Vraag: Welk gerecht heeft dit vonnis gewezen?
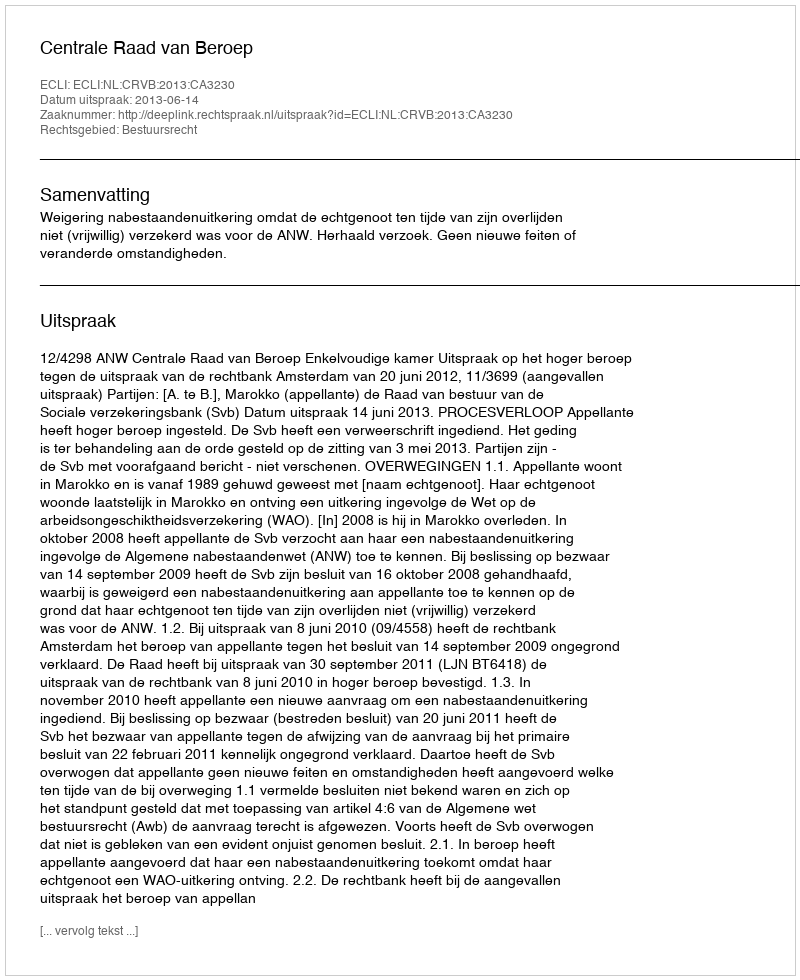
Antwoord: Centrale Raad van Beroep